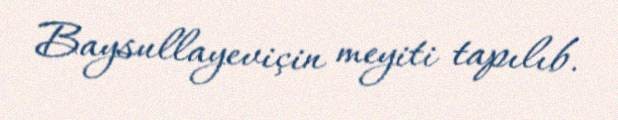
Baysullayeviçin meyiti tapılıb.